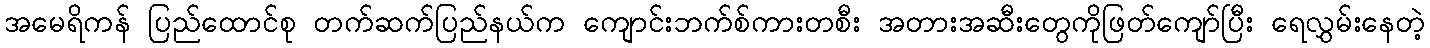
အမေရိကန် ပြည်ထောင်စု တက်ဆက်ပြည်နယ်က ကျောင်းဘက်စ်ကားတစီး အတားအဆီးတွေကိုဖြတ်ကျော်ပြီး ရေလွှမ်းနေတဲ့